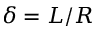
\delta = L / R